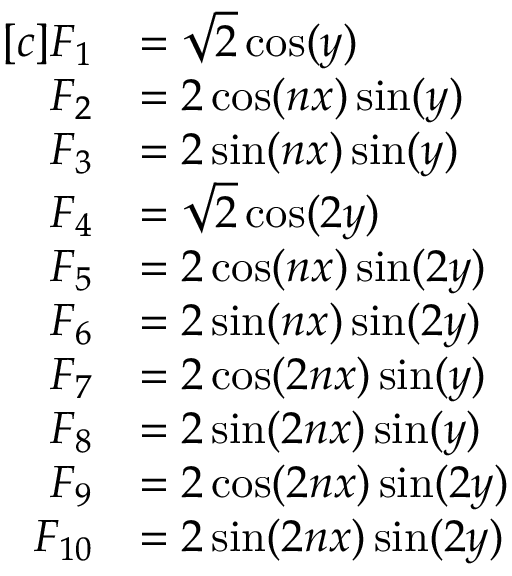
\begin{array} { r l } { [ c ] F _ { 1 } } & { = \sqrt { 2 } \cos ( y ) } \\ { F _ { 2 } } & { = 2 \cos ( n x ) \sin ( y ) } \\ { F _ { 3 } } & { = 2 \sin ( n x ) \sin ( y ) } \\ { F _ { 4 } } & { = \sqrt { 2 } \cos ( 2 y ) } \\ { F _ { 5 } } & { = 2 \cos ( n x ) \sin ( 2 y ) } \\ { F _ { 6 } } & { = 2 \sin ( n x ) \sin ( 2 y ) } \\ { F _ { 7 } } & { = 2 \cos ( 2 n x ) \sin ( y ) } \\ { F _ { 8 } } & { = 2 \sin ( 2 n x ) \sin ( y ) } \\ { F _ { 9 } } & { = 2 \cos ( 2 n x ) \sin ( 2 y ) } \\ { F _ { 1 0 } } & { = 2 \sin ( 2 n x ) \sin ( 2 y ) } \end{array}